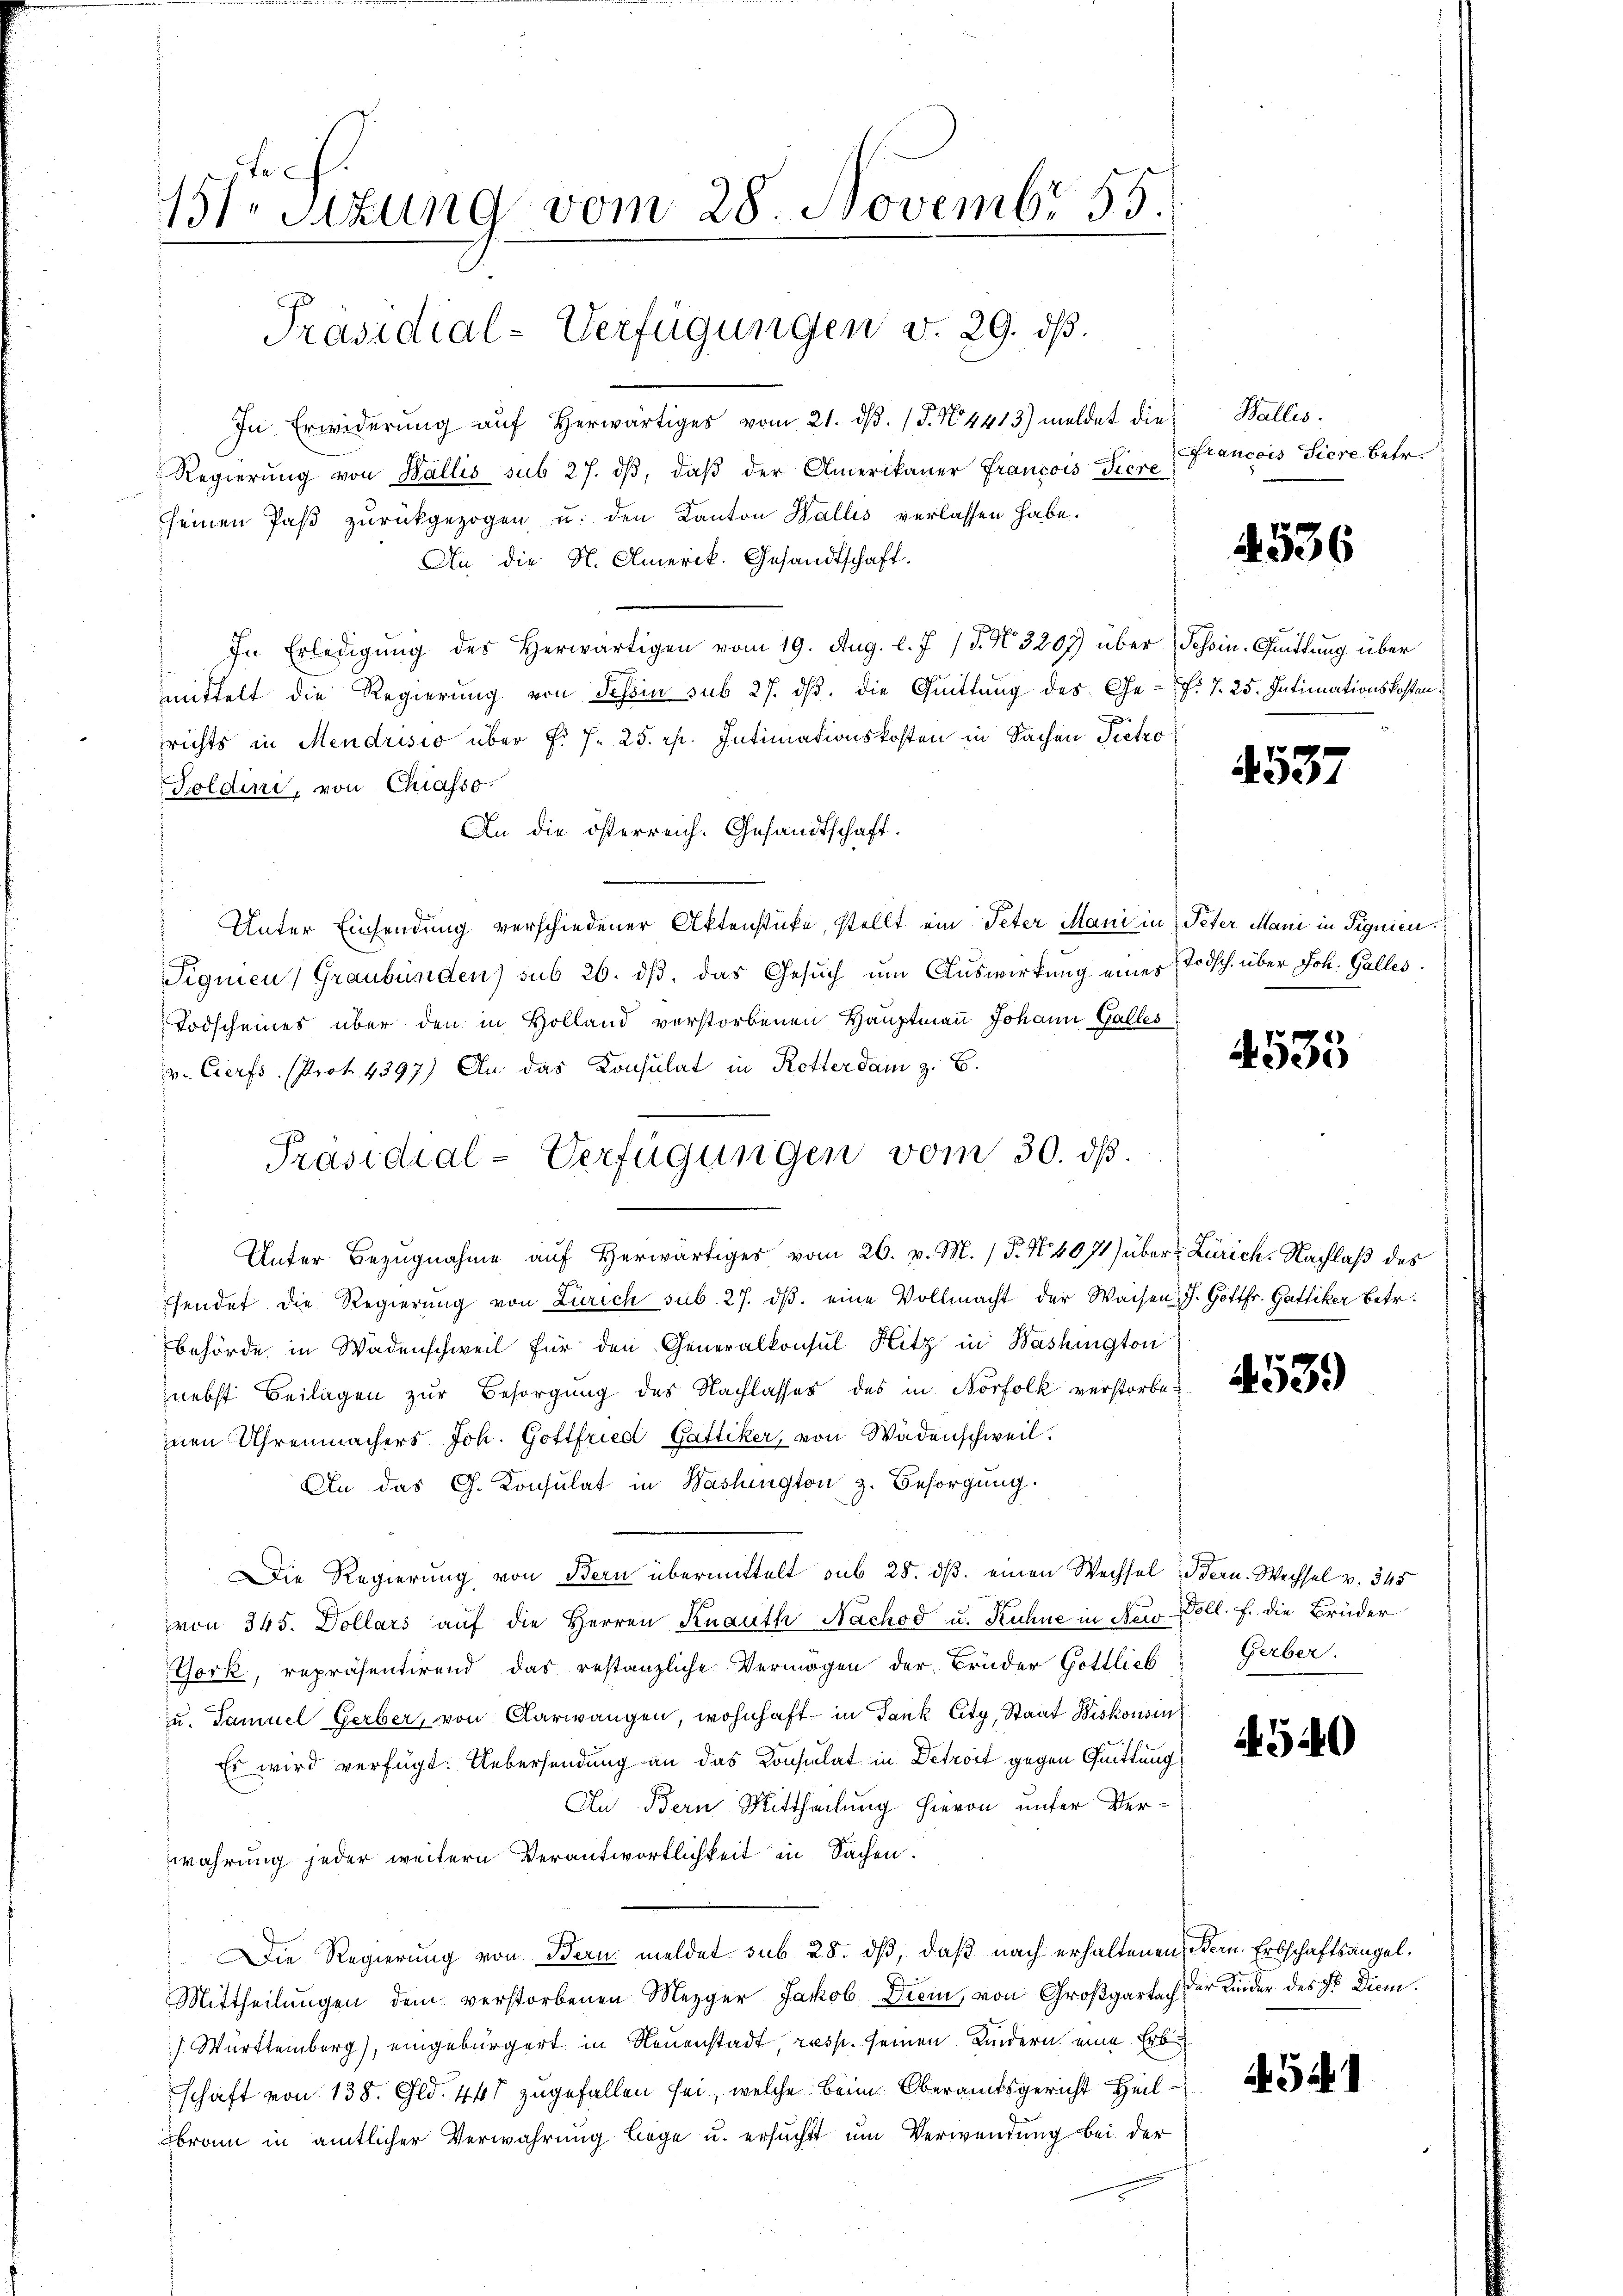
Fe
151. Sitzung vom 28. Novembr 55
Präsidial-Verfügungen v. 29. ds.

In Erwiderung aŭf herwärtiges vom 21. dβ. P. N. 4413) meldet die¬
Regierŭng von Wallis sub 27. dβ, daβ der Amerikaner Francois Tiere
seinen Paβ zŭrückgezogen u. den Kanton Wallis verlassen habe.
An die N. Amerik. Gesandtschaft.
In Erledigŭng des Herwärtigen vom 19. Aug. l. J. 17. No. 3207) über Schoin-Quittung über
mmittelt die Regierung von Tessin sub 27. dβ. die Quittung des Ge-f: 7. 25. Intimationskosten
richts in Mendrisio über P. J. 25. pp. Intimationskosten in Sachen Pietro
Toldini, von Chiasso
An die österreich. Gesandtschaft.
Unter Einsendung verschiedener Aktenstücke, stellt ein Peter Mani in Peter Mani in Signien.
Pignien) Graubünden) sub 26. dβ das Gesuch um Auswirkung eines Todsch. über Joh. Galles.
Todscheines über den in Holland verstorbenen Hauptmann Johann Galles
v. Cierfs, (Prot. 4397) An das Konsulat in Rotterdam z. B.
Unter Bezŭgnahme aŭf herwärtiges vom 26. v. M. P. N. 4071) über Zürich. Nachlaß des
hendet die Regierung von Zürich sub 27. dβ. eine Vollmacht der Waisen. J. Gottfr. Gattiker Betr.
behörde in Wädenschweil für den Generalkonsul Hitz in Washington
nebst Beilagen zur Besorgung des Nachlasses des in Norfolk verstorbe-
inen Uhrenmachers Joh. Gottfried Gattiker, von Wädenschweil.
An das G. Konsulat in Washington z. Besorgung.
Die Regierung von Bern übermittelt sub 28. ds. einen Wechsel Fern. Wechsel v. 345
von 345. Dollars auf die Herren Knauth Nachod u. Kuhne in New-Voll. F. die Brüder
York, repräsentirend das restanzliche Vermögen der Brüder Gottlieb Gerber.
zu. Samuel Gerber, von Aarwangen, wohnhaft in Dank City, Staat Biskonsin
Es wird verfügt: Uebersendung an das Consulat in Detrait gegen Quittung
An Bern Mittheilung hievon unter Verwahrung jeder weitern Verantwortlichkeit in Sachen.
DDie Regierung von Bern meldet sub 28. dβ, daß nach erhaltenen Bern. Erbschaftsangel¬
Mittheilungen dem verstorbenen Mezger Jakob Diem, von Großgartach der Kinder des Hr. Diem
 Württemberg), eingebürgert in Neuenstadt, resp. seinen Kindern eine Erb
schaft von 138. Gld. 441 zugefallen sei, welche beim Oberamtsgericht Heilbram in amtlicher Verwahrung lege u. ersucht um Verwendung bei der

Präsidial-Verfügungen vom 30. dß.

Wallis.
Francois Siere betr.

4536

4537

4533

453.

4540

A 34.